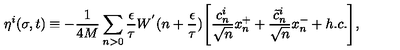
\eta ^ { i } ( \sigma , t ) \equiv - \frac { 1 } { 4 M } \sum _ { n > 0 } \frac { \epsilon } { \tau } W ^ { ' } ( n + \frac { \epsilon } { \tau } ) \Biggl [ \frac { c _ { n } ^ { i } } { \sqrt { n } } x _ { n } ^ { + } + \frac { \tilde { c } _ { n } ^ { i } } { \sqrt { n } } x _ { n } ^ { - } + h . c . \Biggr ] ,